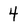
Character: 4